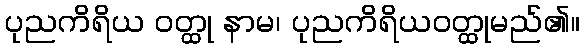
ပုညကိရိယ ဝတ္ထု နာမ၊ ပုညကိရိယဝတ္ထုမည်၏။